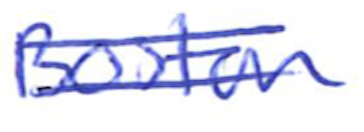
Text: Boston
Cross-out: double-line
Writing tool: ballpoint